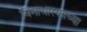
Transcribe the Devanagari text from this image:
विमाधारकाच्या